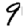
Digit: 9